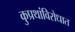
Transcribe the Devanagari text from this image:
कुप्रथांविरोधात